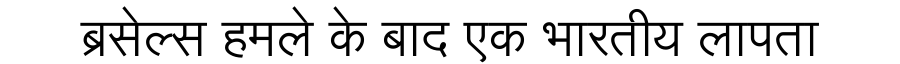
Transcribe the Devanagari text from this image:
ब्रसेल्स हमले के बाद एक भारतीय लापता